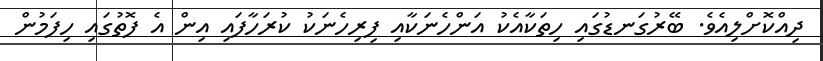
ދިއްކޮށްލިއެވެ. ބޭރުގަނޑުގައި ހިތަކާއެކު އަންހެނަކާއި ފިރިހެނަކު ކުރަހާފައި އިން އެ ފޮތުގައި ހިފަމުން